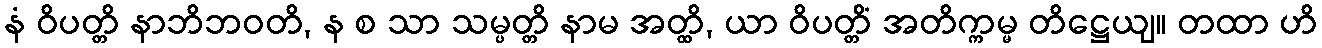
နံ ဝိပတ္တိ နာဘိဘဝတိ, န စ သာ သမ္ပတ္တိ နာမ အတ္ထိ, ယာ ဝိပတ္တိံ အတိက္ကမ္မ တိဋ္ဌေယျ။ တထာ ဟိ